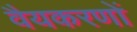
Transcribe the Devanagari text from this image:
वैयकरणों